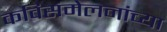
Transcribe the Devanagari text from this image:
कविसंमेलनांच्या